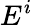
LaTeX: E^{i}